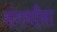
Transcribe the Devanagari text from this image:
संमर्थांना